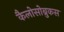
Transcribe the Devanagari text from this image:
कैलोसोब्रुकस